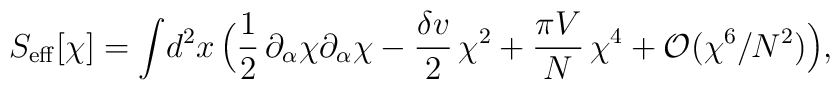
S_{\rm eff}[\chi] = \int\! d^2x \, \Bigl( {1\over 2}\,\partial_{\alpha}\chi \partial_{\alpha}\chi - {\delta v\over 2}\,\chi^{2} +{\pi V\over N}\,\chi^4 + {\cal O}\bigl(\chi ^{6}/N^{2}\bigr)\Bigr),